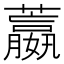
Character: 䕦